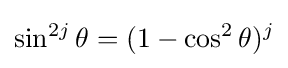
\sin ^{2j}\theta =(1-\cos ^{2}\theta )^{j}